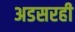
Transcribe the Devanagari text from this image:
अडसरही